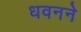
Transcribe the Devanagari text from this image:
धवनने